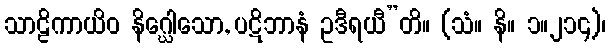
သာဠိကာယိဝ နိဂ္ဃေါသော, ပဋိဘာနံ ဥဒီရယီ”တိ။ (သံ။ နိ။ ၁။၂၁၄)၊